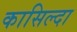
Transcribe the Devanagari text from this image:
कासिल्दा